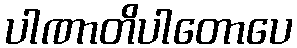
ပါဏာတိပါတောပေ